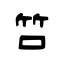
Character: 啠